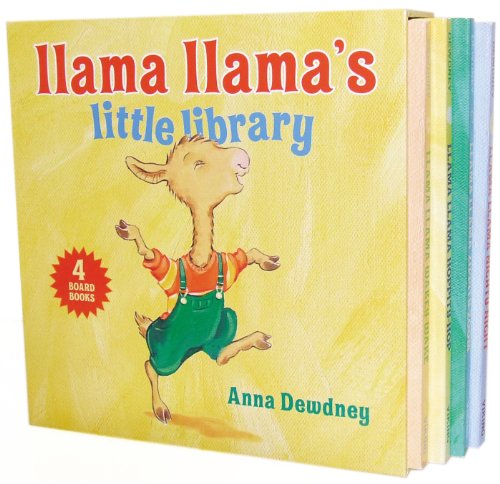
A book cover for Llama Llama's Little Library; Anna Dewdney; Children's Books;